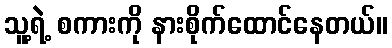
သူ့ရဲ့ စကားကို နားစိုက်ထောင်နေတယ်။